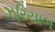
ઝરિયાબ